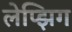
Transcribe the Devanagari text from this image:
लेप्झिग